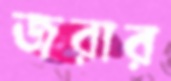
জরার